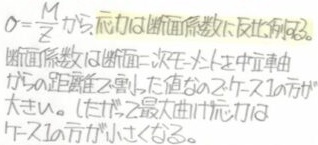
$\sigma=\frac{M}{Z}$ で示される応力は断面係数に反比例する。
断面係数は断面二次モーメントと中立軸
からの距離の比で、その値が小さいほど応力は
大きくなる。よって、最大曲げ応力は
最小断面係数のところで発生する。